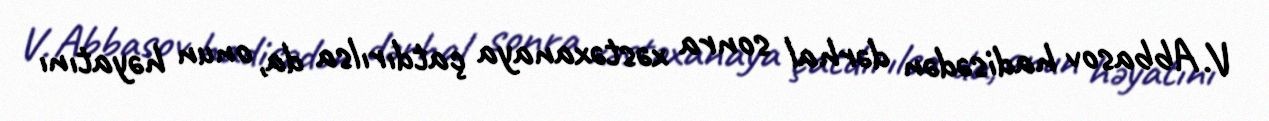
V. Abbasov hadisədən dərhal sonra xəstəxanaya çatdırılsa da, onun həyatını